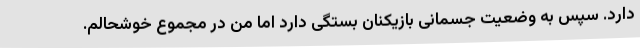
دارد. سپس به وضعیت جسمانی بازیکنان بستگی دارد اما من در مجموع خوشحالم.